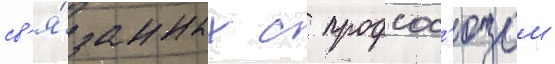
св'я́занных с профсос'юзом -